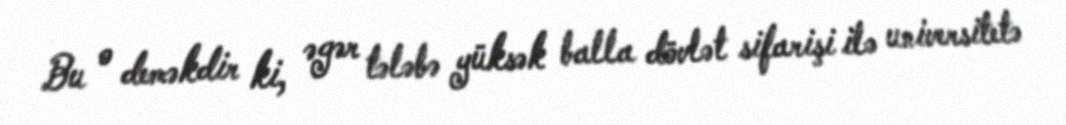
Bu o deməkdir ki, əgər tələbə yüksək balla dövlət sifarişi ilə universitetə